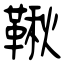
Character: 鞦